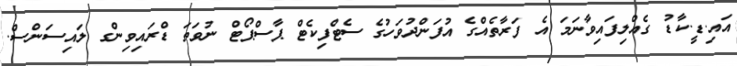
އައި.ޑީ.ކާޑު ގެއްލިފައިވާނަމަ އެ ފަރާތެއްގެ އުފަންދުވަހުގެ ސެޓްފިކެޓް ޕާސްޕޯޓް ނުވަތަ ޑްރައިވިންގ ލައިސަންސް.